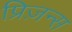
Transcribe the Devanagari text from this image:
प्रिज़न्स